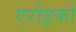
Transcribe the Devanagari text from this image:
एरोइको